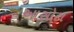
આસોટા